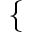
\left\{ \begin{array} { r l } \end{array} \right.